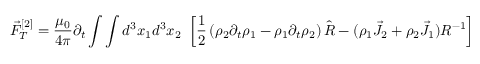
\vec { F } _ { T } ^ { [ 2 ] } = \frac { \mu _ { 0 } } { 4 \pi } \partial _ { t } \int \int d ^ { 3 } x _ { 1 } d ^ { 3 } x _ { 2 } ~ \left[ \frac { 1 } { 2 } \left( \rho _ { 2 } \partial _ { t } \rho _ { 1 } - \rho _ { 1 } \partial _ { t } \rho _ { 2 } \right) \hat { R } - ( \rho _ { 1 } \vec { J } _ { 2 } + \rho _ { 2 } \vec { J } _ { 1 } ) R ^ { - 1 } \right]